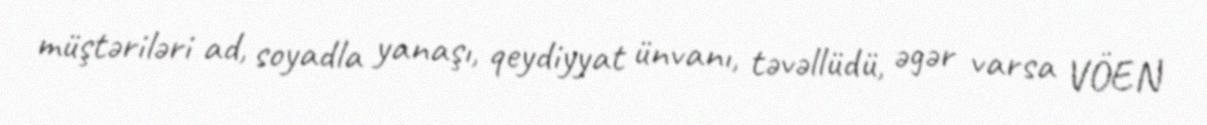
müştəriləri ad, soyadla yanaşı, qeydiyyat ünvanı, təvəllüdü, əgər varsa VÖEN